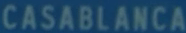
CASABLANCA